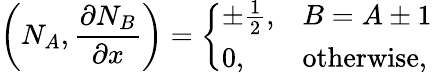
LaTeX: \left(N_{A},\frac{\partial N_{B}}{\partial x}\right)=\left\{ \begin{array}{ll}{\pm\frac{1}{2},}&{B=A\pm 1}\\ {0,}&{\mathrm{otherwise},}\end{array}\right.